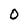
Character: 0